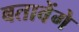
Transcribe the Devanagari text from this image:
बतावेंगे